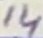
Text: 14